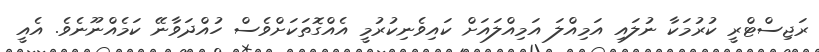
ރަޖިސްޓްރީ ކުރުމަކާ ނުލައި އަމިއްލަ އަމިއްލައަށް ކައިވެނިކުރުމީ އެއްގޮތަކަށްވެސް ހުއްދަވާނޭ ކަމެއްނޫނެވެ. އެއީ